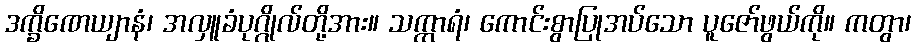
ဒက္ခိဏေယျာနံ၊ အလှူခံပုဂ္ဂိုလ်တို့အား။ သက္ကာရံ၊ ကောင်းစွာပြုအပ်သော ပူဇော်ဖွယ်ကို။ ကတွာ၊